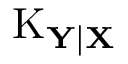
\operatorname { K } _ { \mathbf { Y | X } }